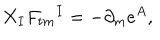
X _ { I } F _ { t m } { } ^ { I } = - \partial _ { m } e ^ { A } ,